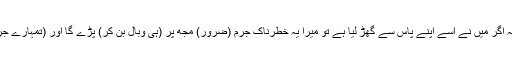
کیا وہ کہتے ہیں (کہ) اس نے اس (عذاب کے وعدہ) کو اپنے پاس سے گھڑ لیا ہے تو انہیں کہہ اگر میں نے اسے اپنے پاس سے گھڑ لیا ہے تو میرا یہ خطرناک جرم (ضرور) مجھ پر (ہی وبال بن کر) پڑے گا اور (تمہارے جرموں کا وبال مجھ پر نہیں ہوگا کیونکہ) جو خطرناک جرم تم کرتے ہو ان سے میں بیزار ہوں۔